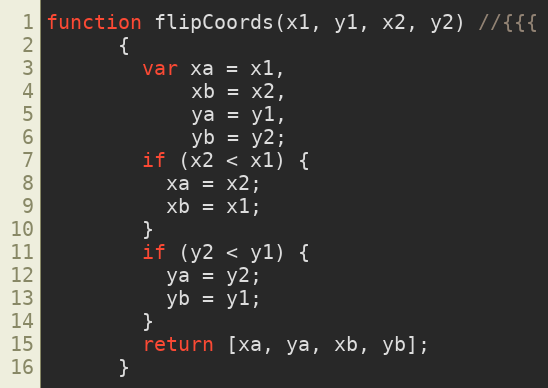
Language: JavaScript
function flipCoords(x1, y1, x2, y2) //{{{
      {
        var xa = x1,
            xb = x2,
            ya = y1,
            yb = y2;
        if (x2 < x1) {
          xa = x2;
          xb = x1;
        }
        if (y2 < y1) {
          ya = y2;
          yb = y1;
        }
        return [xa, ya, xb, yb];
      }